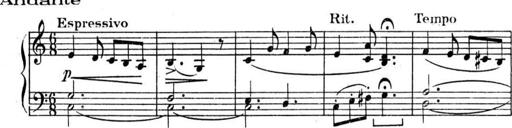
Title: Sonatines
Composer: Hedwige ChrÃ©tien